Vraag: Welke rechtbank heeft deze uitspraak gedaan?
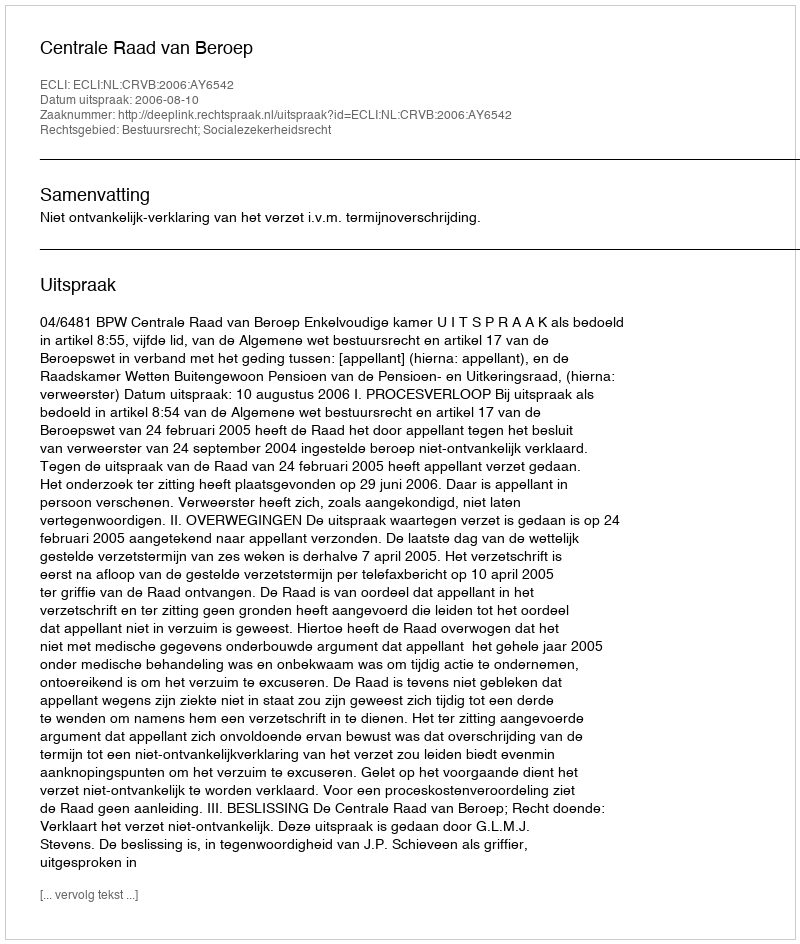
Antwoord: Centrale Raad van Beroep